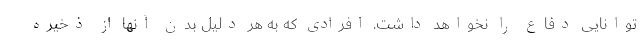
توانایی دفاع را نخواهد داشت. افرادی که به هر دلیل بدن آنها از ذخیره